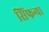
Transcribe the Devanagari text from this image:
सिंफन्या